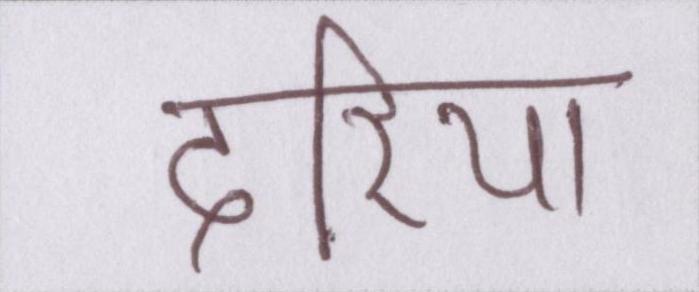
दरिया